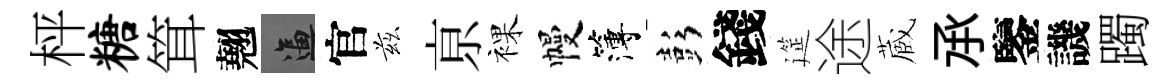
枰糖䇯翹逼官兹亰裸幔簿彭錢筵途蔵𠄘鑒譏躅